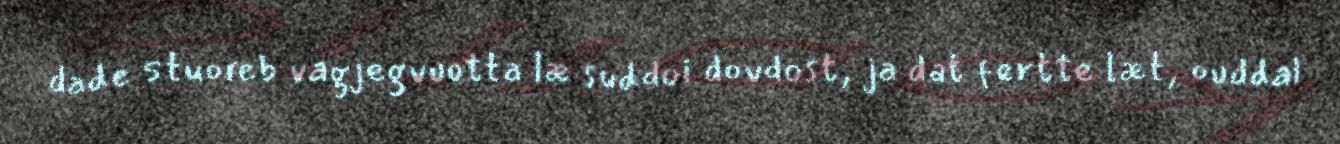
dade stuoreb vagjegvuotta læ suddoi dovdost, ja dat fertte læt, ouddal